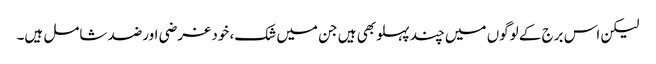
لیکن اس برج کے لوگوں میں چند پہلو بھی ہیں جن میں شک، خود غرضی اورضد شامل ہیں۔